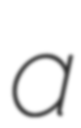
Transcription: a